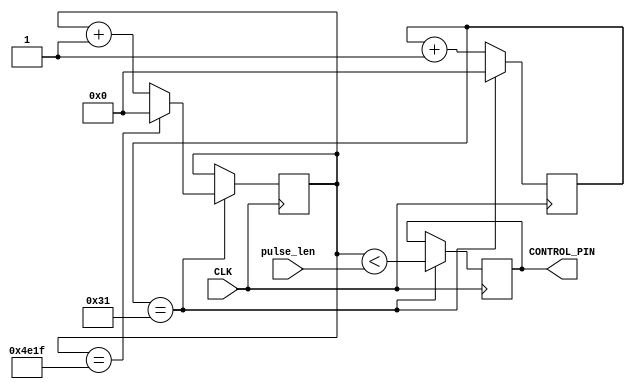
module servo(
    input CLK,
    input [15:0] pulse_len,  // microseconds
    output reg CONTROL_PIN
    );
	 
parameter CLK_F = 50; // CLK freq in MHz

reg [15:0] prescaler;
reg [15:0] count = 0;

always @(posedge CLK)
begin
  prescaler <= prescaler + 1;
  if (prescaler == CLK_F - 1) 
  begin
    prescaler <= 0;
    count <= count + 1;
    CONTROL_PIN <= (count < pulse_len);
	 if (count == 19999) // 20 milliseconds
    begin
        count <= 0;
    end
  end
end

endmodule